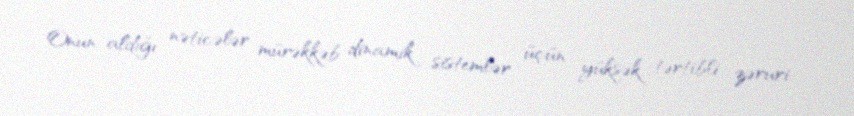
Onun aldığı nəticələr mürəkkəb dinamik sistemlər üçün yüksək tərtibli zəruri